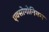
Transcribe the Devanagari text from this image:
एक्सोगोनियम